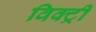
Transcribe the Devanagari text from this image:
विक्‍ट्री